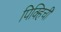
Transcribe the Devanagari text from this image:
पिक्हिची